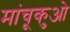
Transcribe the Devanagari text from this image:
मांचूकुओ